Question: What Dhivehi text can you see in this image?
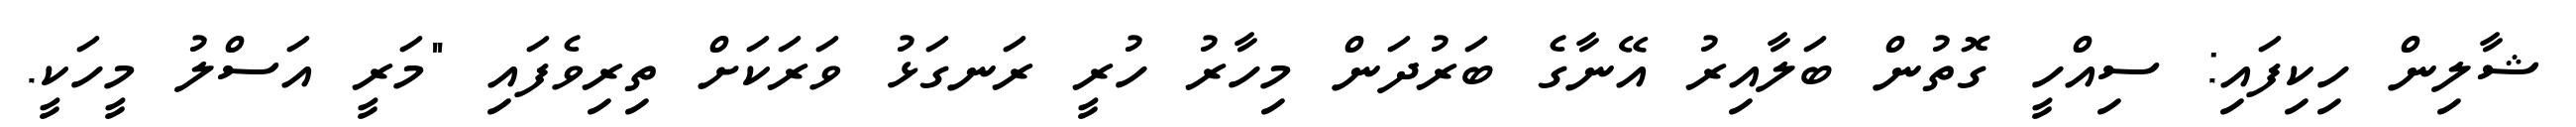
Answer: ޝާލިން ހިކިފައި: ސިއްހީ ގޮތުން ބަލާއިރު އޭނާގެ ބަރުދަން މިހާރު ހުރީ ރަނގަޅު ވަރަކަށް ތިރިވެފައި "މަރީ އަސްލު މީހަކީ.